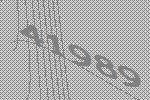
41989